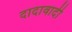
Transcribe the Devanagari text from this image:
दादावादी